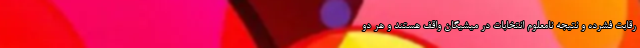
رقابت فشرده و نتیجه نامعلوم انتخابات در میشیگان واقف هستند و هر دو